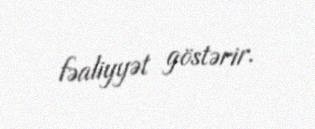
fəaliyyət göstərir.